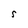
Character: S